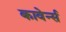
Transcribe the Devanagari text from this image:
कावेर्न्स